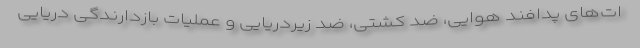
ات‌های پدافند هوایی، ضد کشتی، ضد زیردریایی و عملیات بازدارندگی دریایی